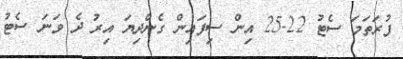
ފުރަތަމަ ސެޓު 22-25 އިން ސިފައިން ގެންދިޔަ އިރު ދެ ވަނަ ސެޓު